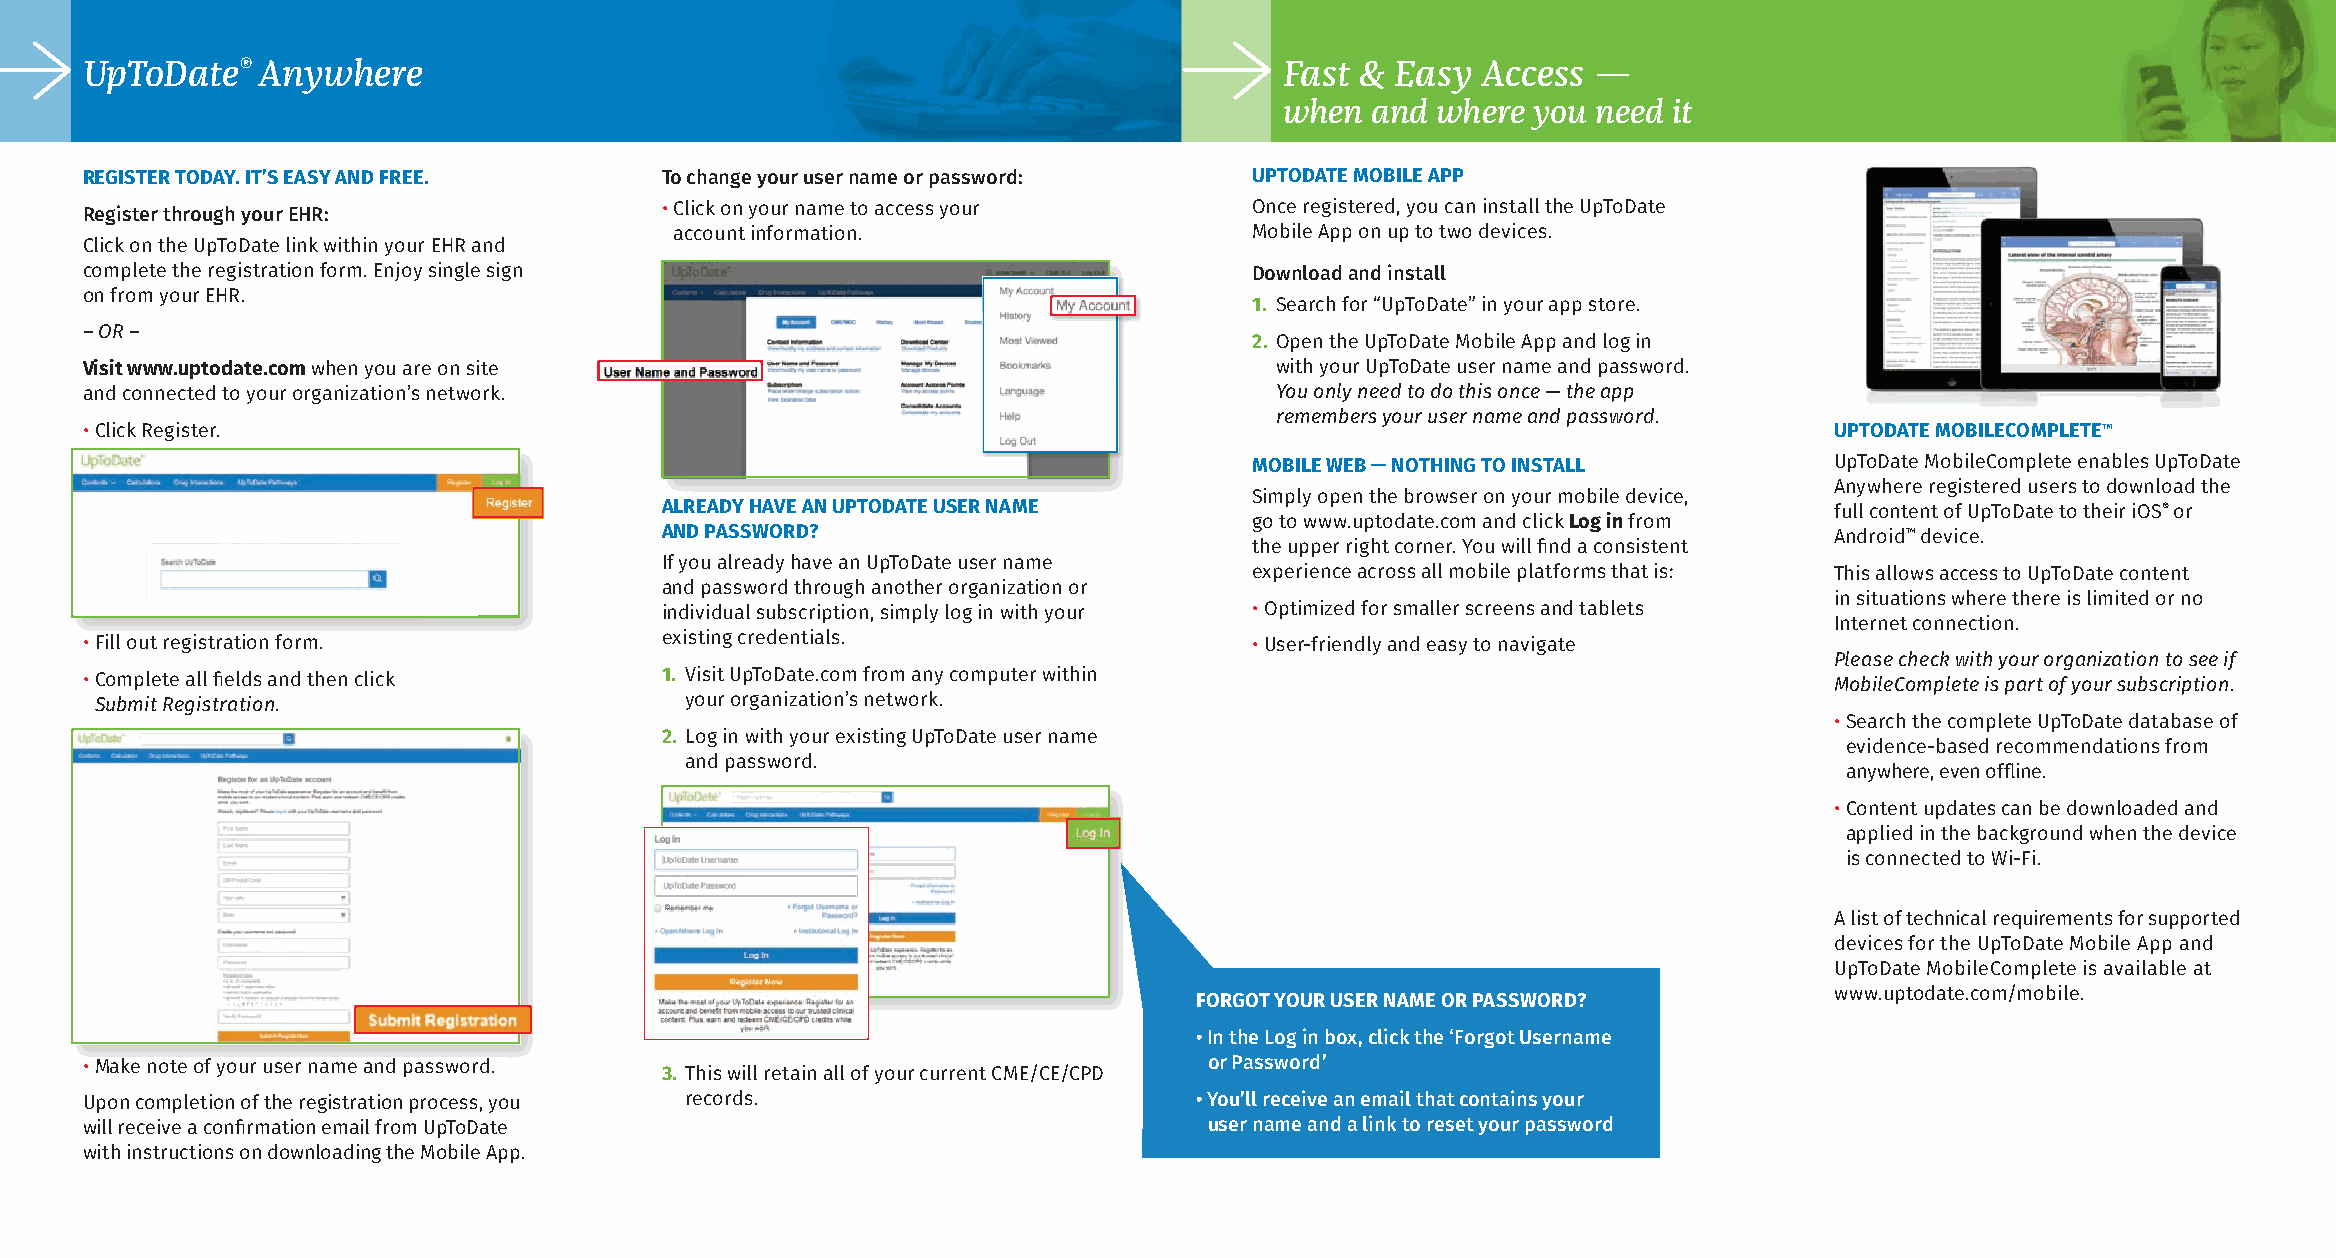
UpToDate®   Anywhere                                                            Fast & Easy  Access  —
 when  and where  you need it
 REGISTER TODAY. IT’S EASY AND FREE.    To change your user name or password:  UPTODATE MOBILE APP
 Register through your EHR:             • Click on your name to access your    Once registered, you can install the UpToDate
 account information.                  Mobile App on up to two devices.
 Click on the UpToDate link within your EHR and
 complete the registration form. Enjoy single sign                             Download and install
 on from your EHR.
 1. Search for “UpToDate” in your app store.
 – OR –
 2. Open the UpToDate Mobile App and log in
 Visit www.uptodate.com when you are on site                                    with your UpToDate user name and password.
 and connected to your organization’s network.                                  You only need to do this once — the app
 remembers your user name and password.
 • Click Register.                                                                                                   UPTODATE MOBILECOMPLETE™
 MOBILE WEB — NOTHING TO INSTALL       UpToDate MobileComplete enables UpToDate
 Anywhere registered users to download the
 Simply open the browser on your mobile device,
 ALREADY HAVE AN UPTODATE USER NAME                                           full content of UpToDate to their iOS® or
 go to www.uptodate.com and click Log in from
 AND PASSWORD?                                                                Android™ device.
 the upper right corner. You will find a consistent
 If you already have an UpToDate user name
 experience across all mobile platforms that is: This allows access to UpToDate content
 and password through another organization or
 in situations where there is limited or no
 individual subscription, simply log in with your • Optimized for smaller screens and tablets
 Internet connection.
 • Fill out registration form.          existing credentials.                  • User-friendly and easy to navigate
 Please check with your organization to see if
 • Complete all fields and then click   1. Visit UpToDate.com from any computer within                               MobileComplete is part of your subscription.
 Submit Registration.                   your organization’s network.
 • Search the complete UpToDate database of
 2. Log in with your existing UpToDate user name
 evidence-based recommendations from
 and password.
 anywhere, even offline.
 • Content updates can be downloaded and
 applied in the background when the device
 is connected to Wi-Fi.
 A list of technical requirements for supported
 devices for the UpToDate Mobile App and
 UpToDate MobileComplete is available at
 www.uptodate.com/mobile.
 FORGOT YOUR USER NAME OR PASSWORD?
 • In the Log in box, click the ‘Forgot Username
 • Make note of your user name and password.                                or Password’
 3. This will retain all of your current CME/CE/CPD
 Upon completion of the registration process, you records.                 • You’ll receive an email that contains your
 will receive a confirmation email from UpToDate                            user name and a link to reset your password
 with instructions on downloading the Mobile App.